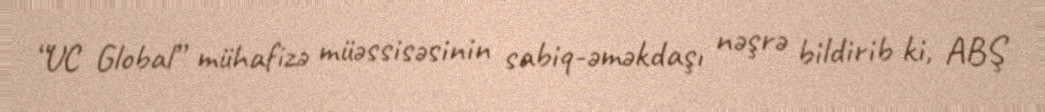
“UC Global” mühafizə müəssisəsinin sabiq-əməkdaşı nəşrə bildirib ki, ABŞ